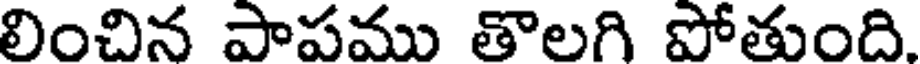
లించిన పాపము తొలగి పోతుంది.